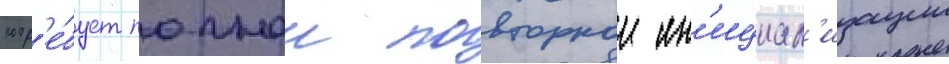
потр'е́бует полнои повторнои ин'ициал'изации